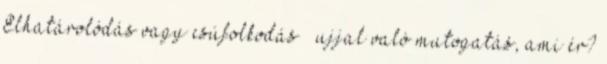
Elhatárolódás vagy csúfolkodás ujjal való mutogatás, ami ér?